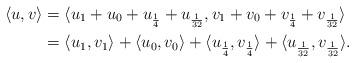
LaTeX: \begin{align*}\langle u, v \rangle &= \langle u_1 + u_0 + u_{\frac{1}{4}} + u_{\frac{1}{32}}, v_1 + v_0 + v_{\frac{1}{4}} + v_{\frac{1}{32}} \rangle \\ &= \langle u_1, v_1 \rangle + \langle u_0, v_0 \rangle + \langle u_{\frac{1}{4}}, v_{\frac{1}{4}} \rangle + \langle u_{\frac{1}{32}}, v_{\frac{1}{32}} \rangle.\end{align*}